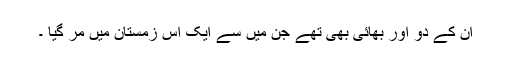
ان کے دو اور بھائی بھی تھے جن میں سے ایک اس زمستان میں مر گیا ۔